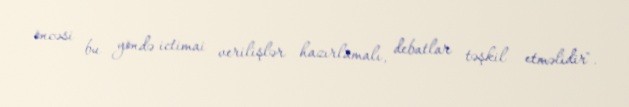
öncəsi bu yöndə ictimai verilişlər hazırlamalı, debatlar təşkil etməlidir".